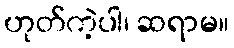
ဟုတ်ကဲ့ပါ၊ ဆရာမ။